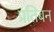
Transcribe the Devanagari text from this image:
प्रतिबन